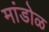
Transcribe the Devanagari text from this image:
मांडोळ